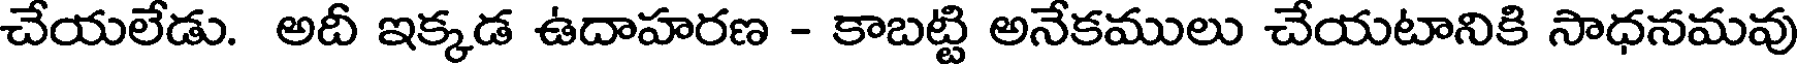
చేయలేడు. అదీ ఇక్కడ ఉదాహరణ - కాబట్టి అనేకములు చేయటానికి సాధనమవు